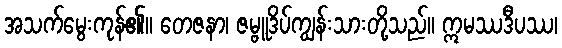
အသက်မွေးကုန်၏။ တေဇနာ၊ ဇမ္ဗူဒိပ်ကျွန်းသားတို့သည်။ ဣမဿဒီပဿ၊